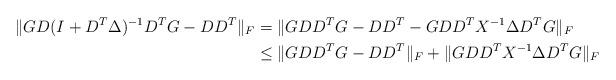
LaTeX: \begin{align*}\| GD(I + D^T\Delta)^{-1}D^TG - DD^T\|_F &= \|GDD^TG - DD^T - GDD^TX^{-1}\Delta D^T G\|_F \\&\leq \|GDD^TG - DD^T\|_F + \|GDD^TX^{-1}\Delta D^TG\|_F\end{align*}